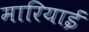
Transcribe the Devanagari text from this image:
मारियाई